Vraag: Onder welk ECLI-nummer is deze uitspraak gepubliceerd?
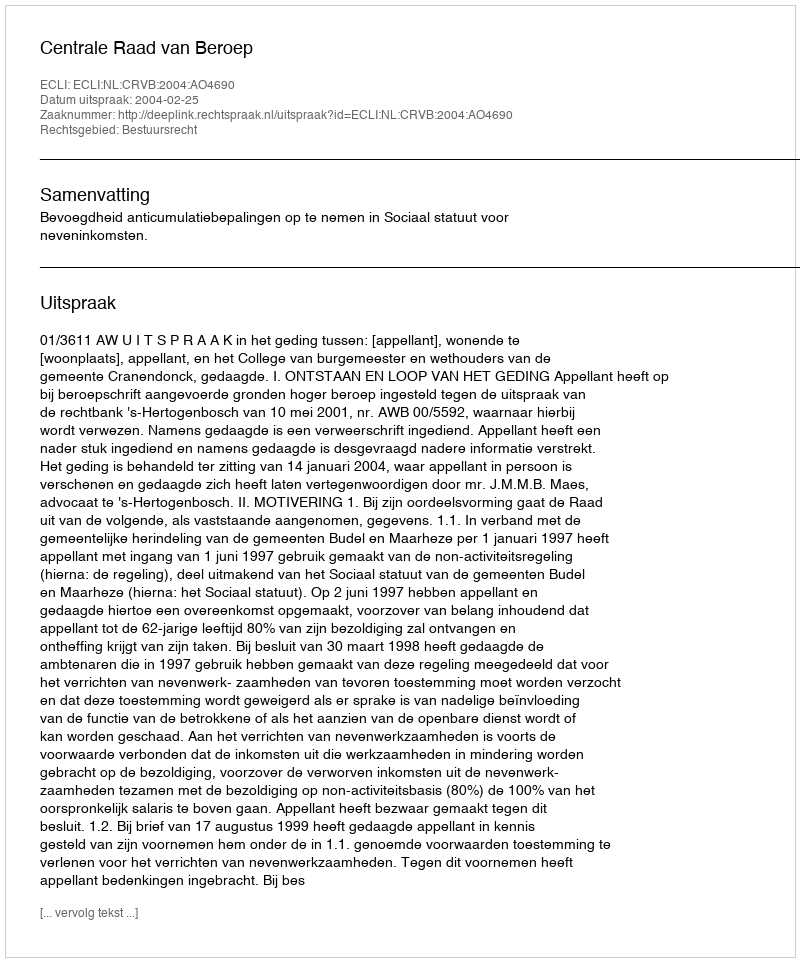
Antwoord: ECLI:NL:CRVB:2004:AO4690